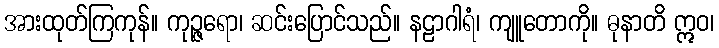
အားထုတ်ကြကုန်။ ကုဉ္ဇရော၊ ဆင်းပြောင်သည်။ နဠာဂါရံ၊ ကျူတောကို။ ဓုနာတိ ဣဝ၊